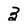
Character: 3